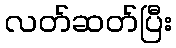
လတ်ဆတ်ပြီး